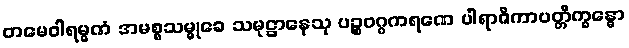
တမေဝါရမ္မဏံ အမစ္စသမ္မုခေ သမုဋ္ဌာနေသု ပဉ္စဝဂ္ဂကရဏေ ပါရာဇိကာပတ္တိက္ခန္ဓော